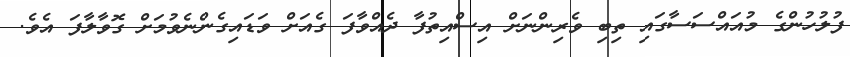
ފުލުހުންގެ މުއައްސަސާގައި ތިބި ވެރިންނަށް އިސްއިތުފާ ދެއްވާފަ ގެއަށް ވަޑައިގެންނެވުމަށް ގޮވާލާފަ އެވެ.